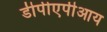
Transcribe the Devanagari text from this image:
डीपीएपीआय